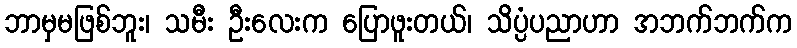
ဘာမှမဖြစ်ဘူး၊ သမီး ဦးလေးက ပြောဖူးတယ်၊ သိပ္ပံပညာဟာ အဘက်ဘက်က